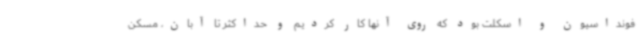
فونداسیون و اسکلت بود که روی آنها کار کردیم و حداکثر تا آبان، مسکن